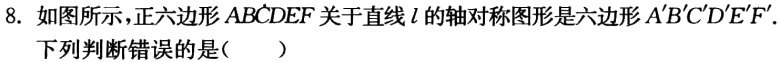
8. 如图所示，正六边形 \(ABCDEF\) 关于直线 \(l\) 的轴对称图形是六边形 \(A'B'C'D'E'F'\). 下列判断错误的是（  ）